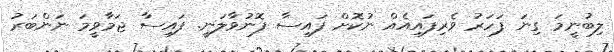
ލިބުނީމަ ގިނަ ފަހަރު ވެރިފައިއެއް ނުކޮށް ފައިސާ ފޮނުވާލަނީ. ފައިސާ ޖަމާވީމަ ނަންބަރު